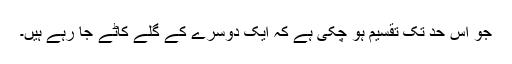
جو اس حد تک تقسیم ہو چکی ہے کہ ایک دوسرے کے گلے کاٹے جا رہے ہیں۔